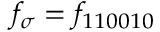
f _ { \boldsymbol { \sigma } } = f _ { 1 1 0 0 1 0 }